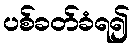
ပစ်ခတ်ခံရ၍